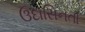
ઉદાસિનતા